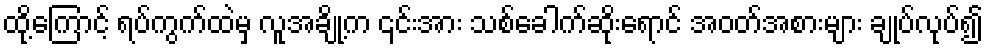
ထို့ကြောင့် ရပ်ကွက်ထဲမှ လူအချို့က ၎င်းအား သစ်ခေါက်ဆိုးရောင် အဝတ်အစားများ ချုပ်လုပ်၍